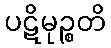
ပဋိမုဉ္စတိ